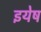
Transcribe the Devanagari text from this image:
इयेष